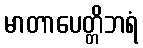
မာတာပေတ္တိဘရံ